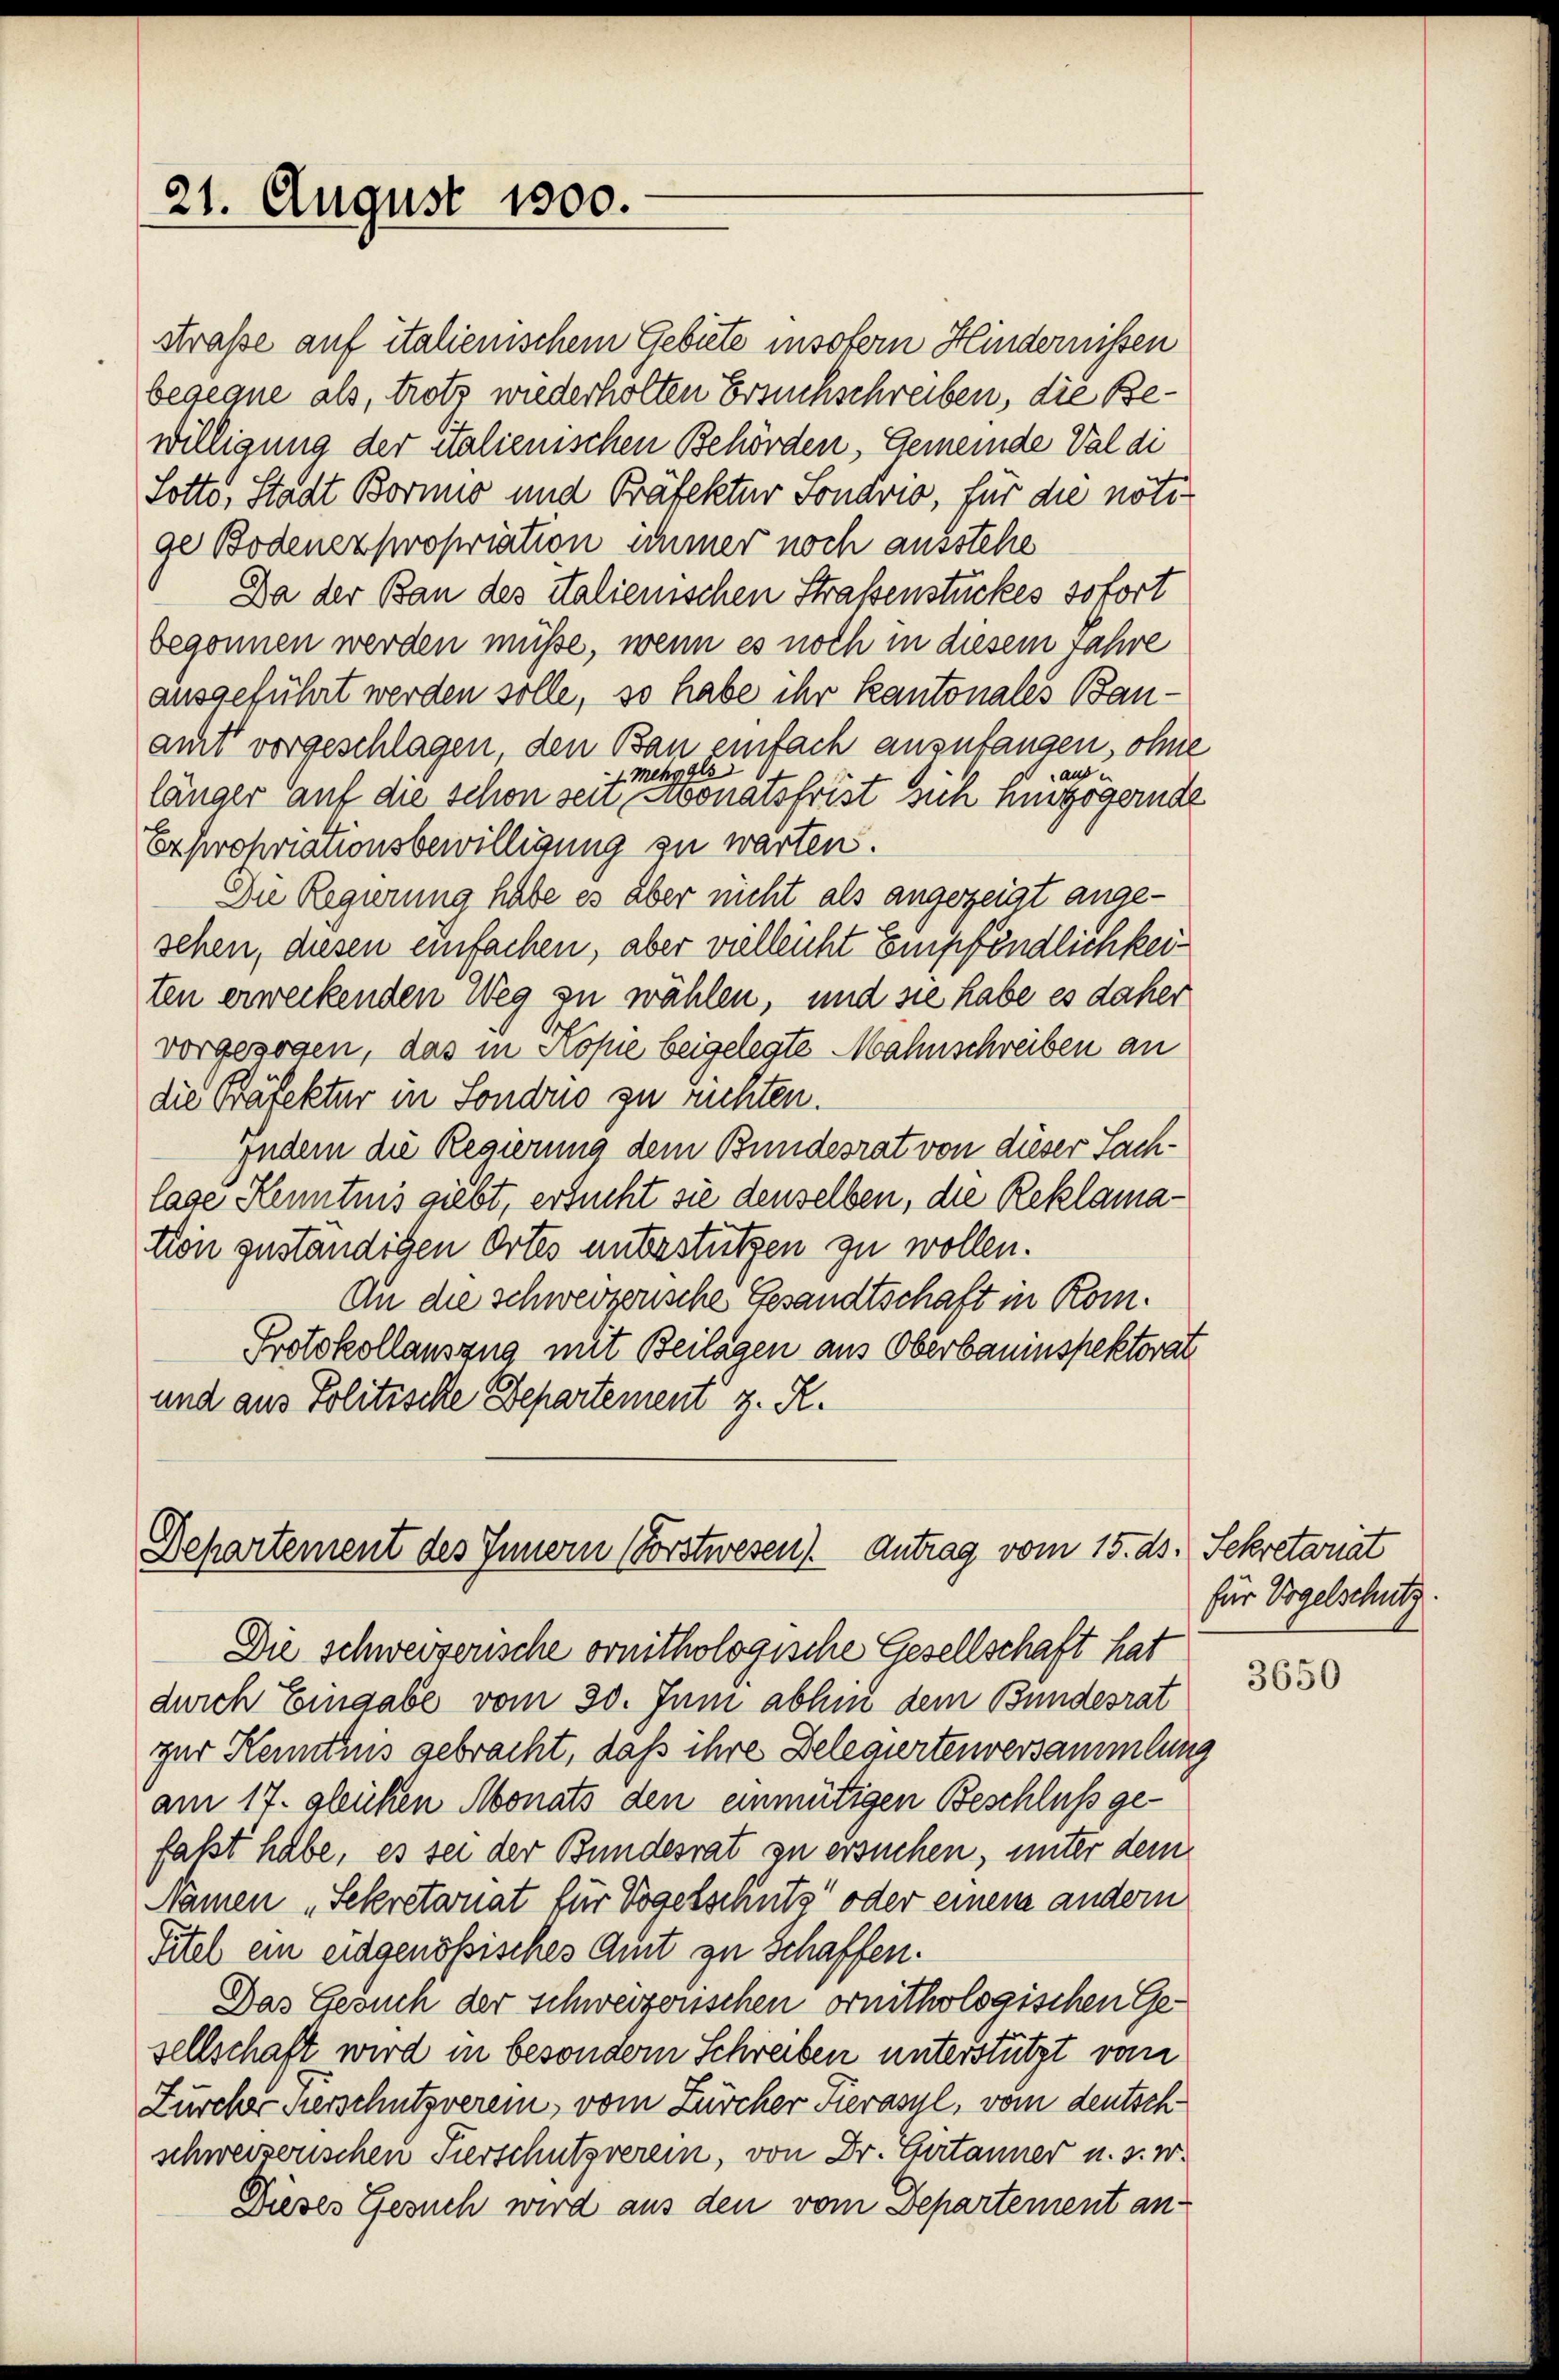
21. August 1800.

Departement des Innern (Forstwesen). Antrag vom 15. ds. Sekretariat

straße auf italienischem Gebiete insofern Hindernissen
begegne als, trotz wiederholten Ersuchschreiben, die Bewilligung der italienischen Behörden, Gemeinde Val di
Lotto, Stadt Bornis und Präfektur Sondrio, für die nötige Bodenexpropriation immer noch ausstehe
Da der Bau des italienischen Straßenstückes sofort
begonnen werden müße, wenn es noch in diesem Jahre
ausgeführt werden solle, so habe ihr kantonales Bauamt vorgeschlagen den Bau einfach anzufangen, ohne
Mehggls
aus u
länger auf die schon sei, wonatsfrist sich hinzögernde
Expropriationsbewilligung zu warten.
Die Regierung habe es aber nicht als angezeigt angesehen, diesen einfachen, aber vielleicht Empfändlichkeiten erweckenden Weg zu wählen, und sie habe es daher
vorgezogen, das in Kopie beigelegte Mahnschreiben an
die Präfektur in Sondrio zu richten.
Indem die Regierung dem Bundesrat von dieser Sachlage Kenntnis giebt, ersucht sie denselben, die Reklamation zuständigen Ortes unterstützen zu wollen.
An die schweizerische Gesandtschaft in Kom¬
Protokollauszug mit Beilagen aus Oberbauinspektorat
und aus Politische Departement z. R.

Die schweizerische ornithologische Gesellschaft hat
durch Eingabe vom 30. Juni abhin dem Bundesrat
zur Kenntnis gebracht, daß ihre Belegiertenversammlung
am 17. glühen Monats den einmütigen Beschluß gefalt habe, es sei der Bundesrat zu ersuchen, unter dem
Namen „Sekretariat für Vogelschutz oder einem andern
Titel ein eidgenössisches Amt zu schaffen.
Das Gesuch der schweizerischen ornithologischen Gesellschaft wird in besondern Schreiben unterstützt vom
Zürcher Kerschutzverein, vom Zürcher Tierasyl, vom deutsch
schweizerischen Tierschutzverein, von Dr. Gritanner u. s. w.
Dieses Gesuch wird aus den vom Departement an-

für Vogelschutz.

3650